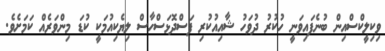
ވިކިލީކްސްއިން ބުނެފައިވަނީ ހުކުރު ދުވަހު ޝާއިއުކުރި ފަސްދޮޅަސްހާސް ލިޔެކިއުމަކީ ކުޑަ މިންވަރެއް ކަމަށެވެ.